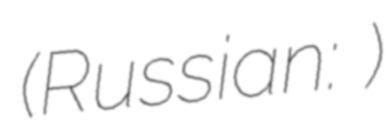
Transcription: (Russian: Ольга Викторовна Тимофеева)